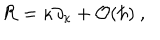
LaTeX: { \cal R } = \kappa \partial _ { \kappa } + { \cal O } ( \hbar ) \ ,